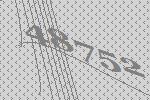
48752